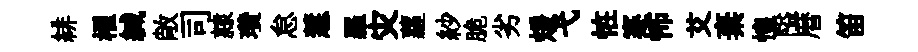
緋櫂緘敞司隷瓚怠慧羅灾蘿紗脆劣煖弋恠蹇怖艾棄惶隘暦笛